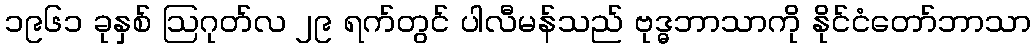
၁၉၆၁ ခုနှစ် ဩဂုတ်လ ၂၉ ရက်တွင် ပါလီမန်သည် ဗုဒ္ဓဘာသာကို နိုင်ငံတော်ဘာသာ